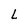
Character: L